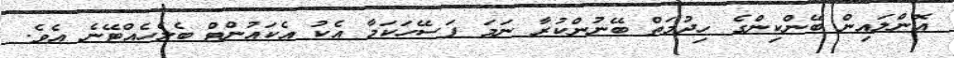
އޮންލައިން ބޭންކިންގެ ހިދުމަތް ބޭނުންކުރާ ނަމަ ފަސޭހަކަމާ އެކު އެކައުންޓް ބެލެހެއްޓޭނެ އެވެ.